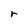
Character: r